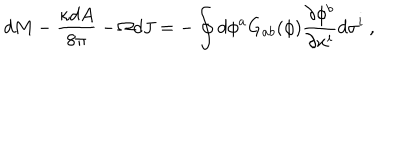
LaTeX: d M - { \frac { \kappa d A } { 8 \pi } } - \Omega d J = - \oint { d \phi ^ { a } G _ { a b } ( \phi ) { \frac { \partial \phi ^ { b } } { \partial x ^ { i } } } d \sigma ^ { i } } \ ,